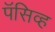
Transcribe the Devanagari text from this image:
पॅसिव्ह